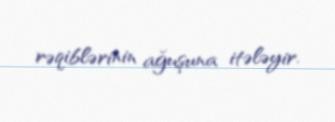
rəqiblərinin ağuşuna itələyir.